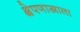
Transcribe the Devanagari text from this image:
क्षेपणास्त्राला